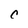
Character: C